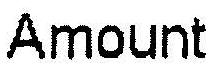
AMOUNT